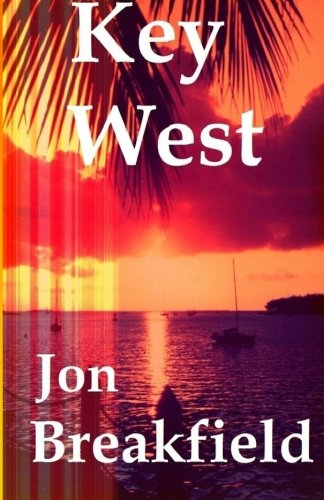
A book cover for Key West: Tequila, a Pinch of Salt and a Quirky Slice of America; Jon Breakfield; Travel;